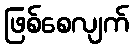
ဖြစ်စေလျက်